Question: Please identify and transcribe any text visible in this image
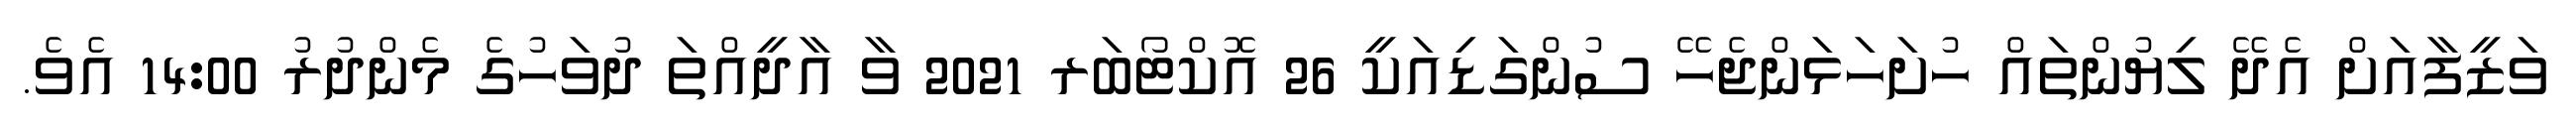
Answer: ވަޒީފާއަށް އެދޭ ލިޔުންތައް ހުށަހަޅަންޖެހޭ ސުންގަޑިއަކީ 26 އޮކްޓޯބަރ 2021 ވާ އާދީއްތަ ދުވަހުގެ މެންދުރު 14:00 އެވެ.